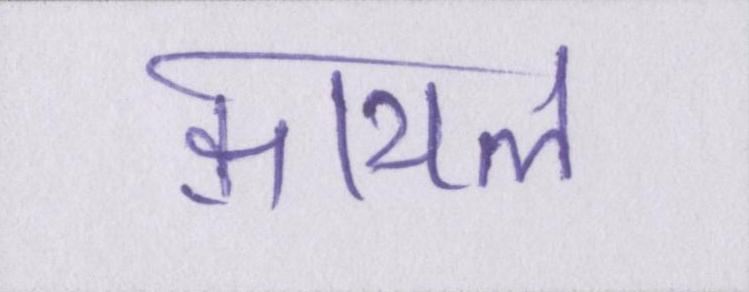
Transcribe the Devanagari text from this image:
क़ायल